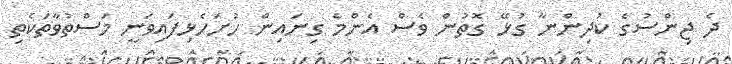
ދެ ޖިންސުގެ ކުދިންނާ ގުޅޭ ގޮތުން ވެސް އެންމެ ގިނައިން ހުށަހެޅިފައިވަނީ މަސްތުވާތަކެތި